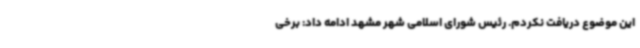
این موضوع دریافت نکردم. رئیس شورای اسلامی شهر مشهد ادامه داد: برخی